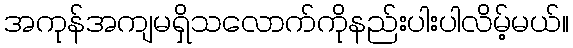
အကုန်အကျမရှိသလောက်ကိုနည်းပါးပါလိမ့်မယ်။